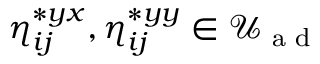
\eta _ { i j } ^ { * { y x } } , \eta _ { i j } ^ { * { y y } } \in \mathcal { U } _ { \textrm { a d } }